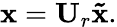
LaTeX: \mathbf{x}=\mathbf{U}_{r}\mathbf{\tilde{x}}.